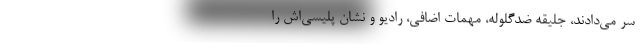
سر می‌دادند، جلیقه ضدگلوله، مهمات اضافی، رادیو و نشان پلیسی‌اش را